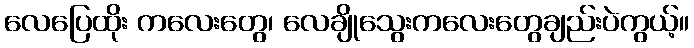
လေပြေထိုး ကလေးတွေ၊ လေချိုသွေးကလေးတွေချည်းပဲကွယ့်။